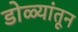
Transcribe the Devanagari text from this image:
डोळ्यांतून